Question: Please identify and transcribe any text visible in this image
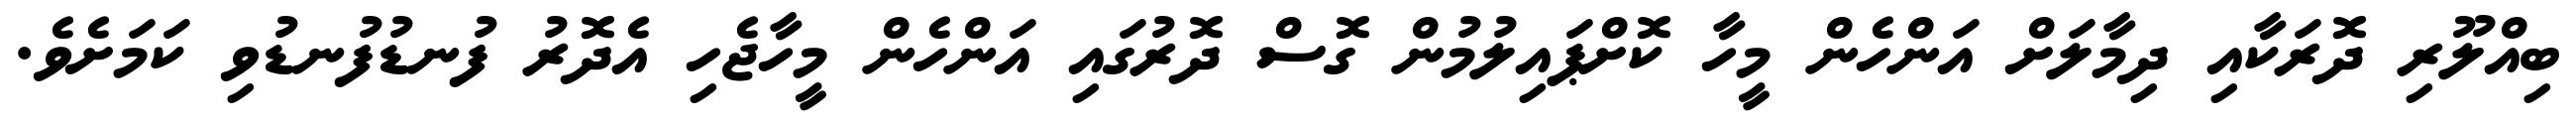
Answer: ބިއްލޫރި ދޮރަކާއި ދިމާލަށް އަންހެން މީހާ ކޮށްޕައިލުމުން ގޮސް ދޮރުގައި އަންހެން މީހާޖެހި އެދޮރު ފުނޑުފުނޑުވި ކަމަށެވެ.